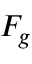
F _ { g }